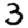
Digit: 3